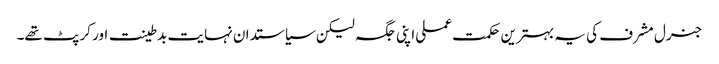
جنرل مشرف کی یہ بہترین حکمت عملی اپنی جگہ لیکن سیاستدان نہایت بدطینت اور کرپٹ تھے۔